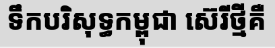
ទឹកបរិសុទ្ធកម្ពុជា ស៊េរីថ្មីគឺ